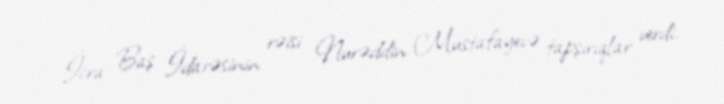
İcra Baş İdarəsinin rəisi Nurəddin Mustafayevə tapşırıqlar verdi.